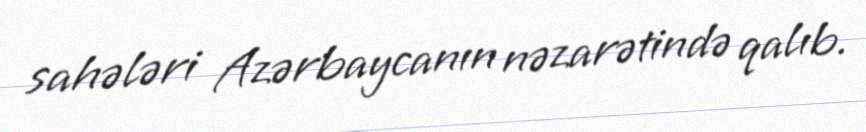
sahələri Azərbaycanın nəzarətində qalıb.